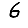
Digit: 6